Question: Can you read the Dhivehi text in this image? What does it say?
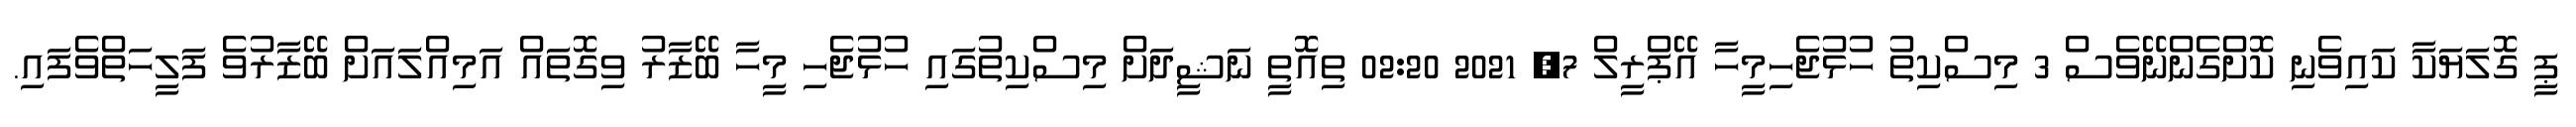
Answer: ޕީ ގޮލަޔަކާ ކައިވެނި ކޮށްގެންނޭވެސް 3 މިސްކިތު ހުޅުޖެހިމީހާ އޭޕްރީލް 7, 2021 02:20 ތިއޮތީ ނަޝީދަށް މިސްކިތުގައި ހުޅުޖެހި މީހާ ބޭޒާރު ވިގޮތައް އަމިއްލައަށް ބޭޒާރުވެ ފަލީހަތްވެފައި.